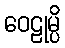
ဝေဠုမ္ပိ